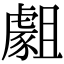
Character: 𧇿